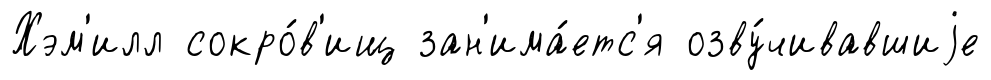
Хэм'илл сокро́в'ищ зан'има́етс'я озву́чивавшиjе